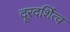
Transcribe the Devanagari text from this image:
दूरदर्शित्व